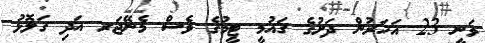
ވަނީ 23 އަހަރުން ދަށުގެ ޤައުމީ ޓީމުގެ ވެސް މެނޭޖަރ އަދި ގަލޮޅު